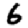
Digit: 6